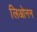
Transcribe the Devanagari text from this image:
लिओनन